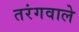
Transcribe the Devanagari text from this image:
तरंगवाले